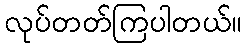
လုပ်တတ်ကြပါတယ်။